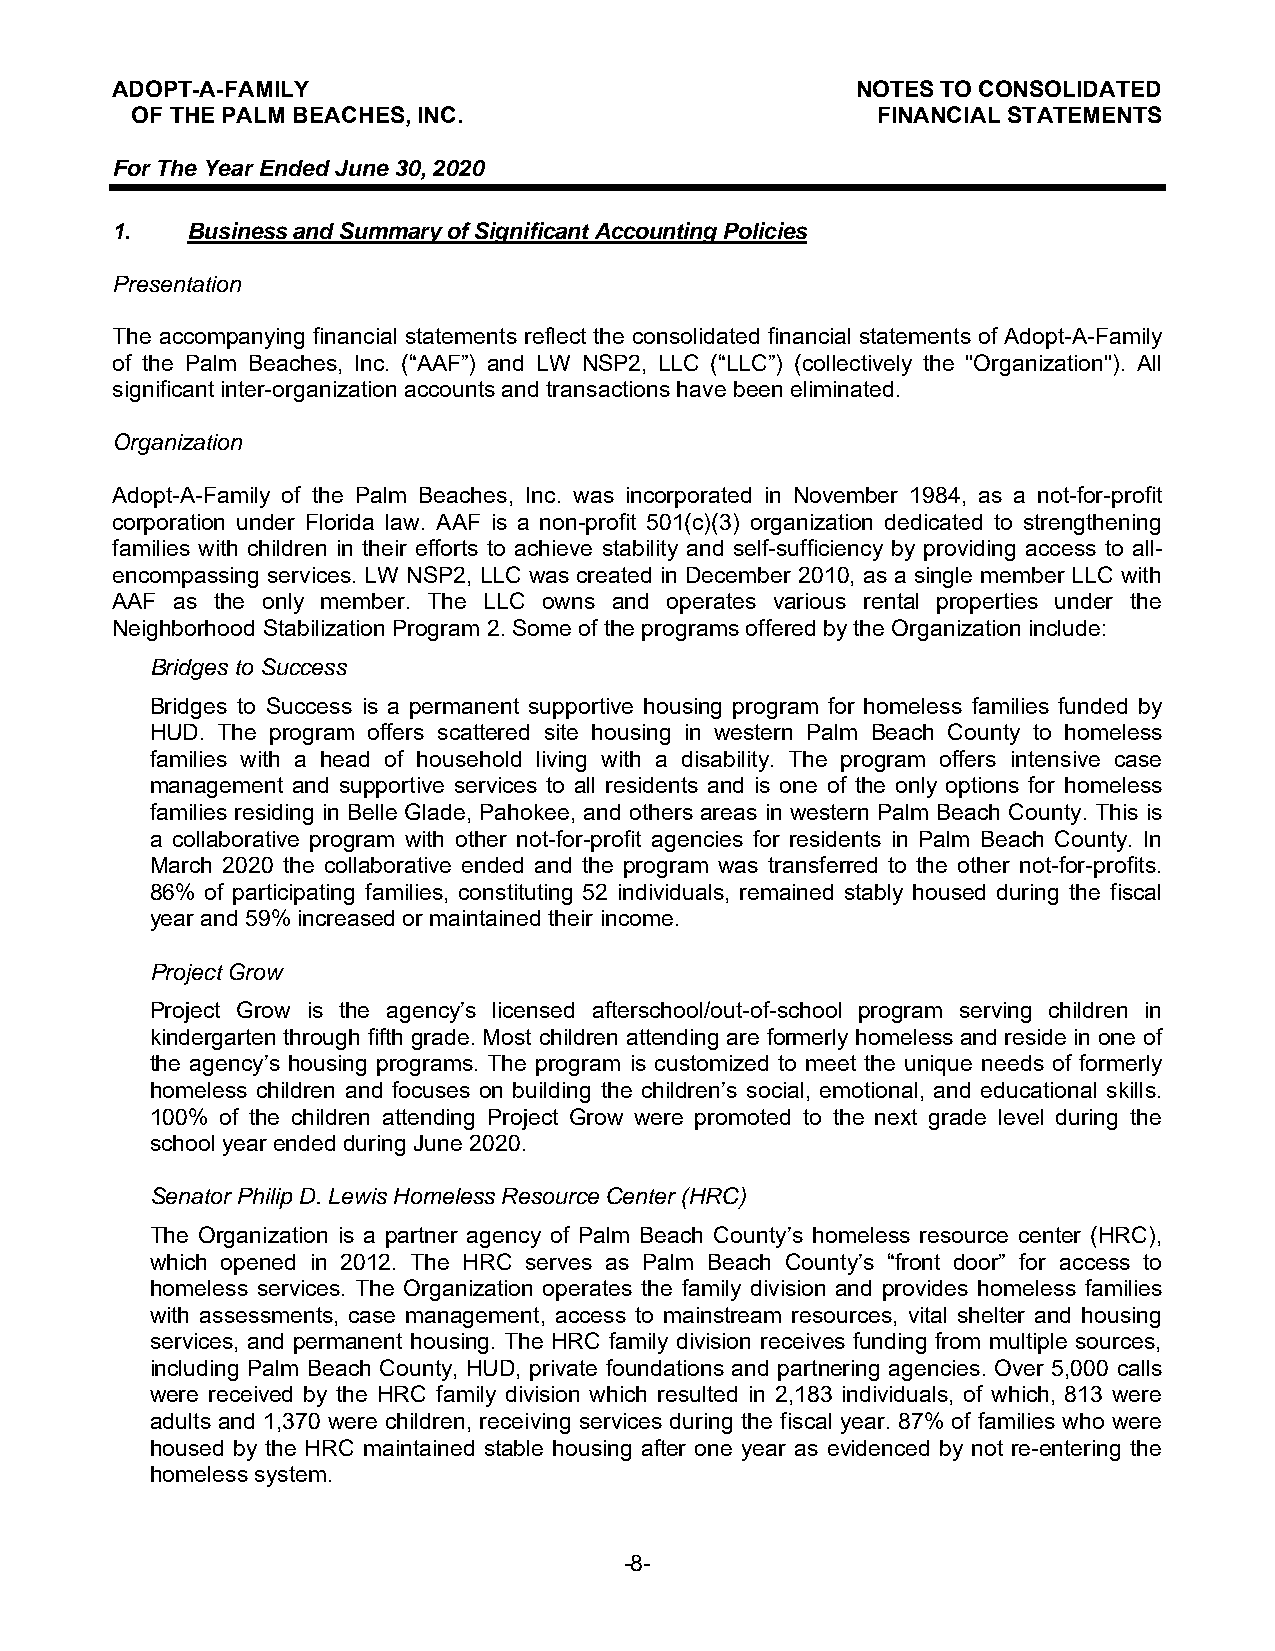
ADOPT-A-FAMILY                                    NOTES TO CONSOLIDATED
 OF THE PALM BEACHES, INC.                        FINANCIAL STATEMENTS
 For The Year Ended June 30, 2020
 1.   Business and Summary of Significant Accounting Policies
 Presentation
 The accompanying financial statements reflect the consolidated financial statements of Adopt-A-Family
 of the Palm Beaches, Inc. (“AAF”) and LW NSP2, LLC (“LLC”) (collectively the "Organization"). All
 significant inter-organization accounts and transactions have been eliminated.
 Organization
 Adopt-A-Family of the Palm Beaches, Inc. was incorporated in November 1984, as a not-for-profit
 corporation under Florida law. AAF is a non-profit 501(c)(3) organization dedicated to strengthening
 families with children in their efforts to achieve stability and self-sufficiency by providing access to all-
 encompassing services. LW NSP2, LLC was created in December 2010, as a single member LLC with
 AAF as the only member. The LLC owns and operates various rental properties under the
 Neighborhood Stabilization Program 2. Some of the programs offered by the Organization include:
 Bridges to Success
 Bridges to Success is a permanent supportive housing program for homeless families funded by
 HUD. The program offers scattered site housing in western Palm Beach County to homeless
 families with a head of household living with a disability. The program offers intensive case
 management and supportive services to all residents and is one of the only options for homeless
 families residing in Belle Glade, Pahokee, and others areas in western Palm Beach County. This is
 a collaborative program with other not-for-profit agencies for residents in Palm Beach County. In
 March 2020 the collaborative ended and the program was transferred to the other not-for-profits.
 86% of participating families, constituting 52 individuals, remained stably housed during the fiscal
 year and 59% increased or maintained their income.
 Project Grow
 Project Grow is the agency’s licensed afterschool/out-of-school program serving children in
 kindergarten through fifth grade. Most children attending are formerly homeless and reside in one of
 the agency’s housing programs. The program is customized to meet the unique needs of formerly
 homeless children and focuses on building the children’s social, emotional, and educational skills.
 100% of the children attending Project Grow were promoted to the next grade level during the
 school year ended during June 2020.
 Senator Philip D. Lewis Homeless Resource Center (HRC)
 The Organization is a partner agency of Palm Beach County’s homeless resource center (HRC),
 which opened in 2012. The HRC serves as Palm Beach County’s “front door” for access to
 homeless services. The Organization operates the family division and provides homeless families
 with assessments, case management, access to mainstream resources, vital shelter and housing
 services, and permanent housing. The HRC family division receives funding from multiple sources,
 including Palm Beach County, HUD, private foundations and partnering agencies. Over 5,000 calls
 were received by the HRC family division which resulted in 2,183 individuals, of which, 813 were
 adults and 1,370 were children, receiving services during the fiscal year. 87% of families who were
 housed by the HRC maintained stable housing after one year as evidenced by not re-entering the
 homeless system.
 -8-